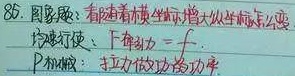
85. 图象题：看随着横坐标增大纵坐标怎么变。匀速行驶：下斜为\(-f\)。\(P\)和\(v\)：拉力做功功率